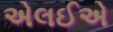
એલઈએ